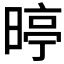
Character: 𮲥